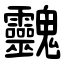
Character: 䰱